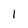
Character: 1